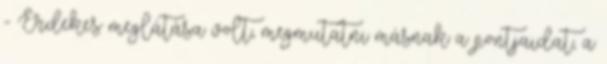
- Érdekes meglátása volt, megmutatni másnak a pontjaidat, a